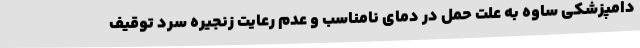
دامپزشکی ساوه به علت حمل در دمای نامناسب و عدم رعایت زنجیره سرد توقیف